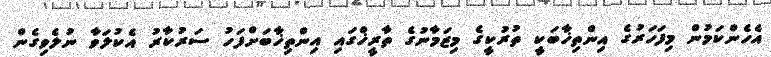
އެހެންކަމުން މިފަހަރުގެ އިންތިޚާބަކީ ތުރުކީގެ މިޒަމާނުގެ ތާރީޚްގައި އިންތިޚާބަށްފަހު ސަރުކާރު އެކުލަވާ ނުލެވިގެން